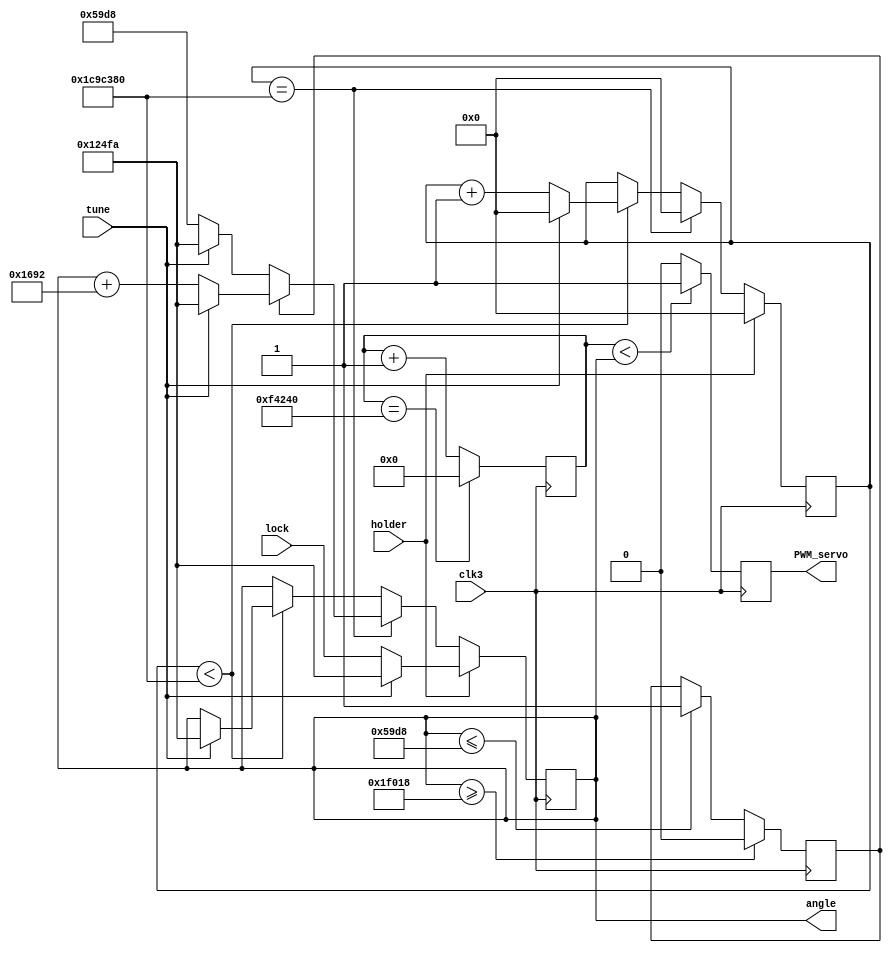
`timescale 1ns / 1ps
//////////////////////////////////////////////////////////////////////////////////
// Company: 
// Engineer: 
// 
// Design Name: 
// Module Name:	 Servo_Motor_PWM 
// Project Name: 
// Target Devices: 
// Tool versions: 
// Description: 
//
// Dependencies: 
//
// Revision: 
// Revision 0.01 - File Created
// Additional Comments: 
//
/////////////////////////////////////////////////////////////////////////////////
module Servo_Motor_PWM(

input clk3,
input holder,
input tune,
input [16:0] lock,
output PWM_servo,
output reg [16:0] angle
	 );
	  
	  
	 reg [19:0] counter;
	 //reg [16:0] ref;
	 reg PWM;
   reg [26:0] val;
	reg flag;
	
	
  initial begin
	 angle<=23000;
	 val<=0;
	 flag<=1;
	 
	 
	 end
	 
	 assign PWM_servo= PWM; // Pulse providing direction
	
	 
	 always @ (posedge clk3)
	 begin
	 
	 counter<=counter+1;
	 
	 if (counter==1000000) //pulse required every two seconds for servo motor to function
		counter<=0;
	
	if (angle>=127000) // Upper limit of direction (180 degrees)
		flag<=0;		
	else if (angle<=23000) // lower Limit of direction (0 degrees)
	flag<=1;
	

if (holder==0) 
begin	

	if (val==30000000)
	begin //count per change in angle
	    val<=0;
		 if (flag==1) 
		 begin//Flag switching direction of count
		if (tune==0)
		 angle<=angle+5778;
		else if (tune==1)
		angle<=75002;//8667 for fifteen-degree increments
		end
		
		 else if(flag==0)
		 begin
		 if (tune==0)
		 angle<=23000;
		else if (tune==1)
		angle<=75002;// fifteen-degree decrements
		end
	end
	
	else if (val<30000000) 
	begin //controls rate of change of PWM controlling speed
		 if (tune==0)
		 val<=val+1;
		else if (tune==1)
		begin
		angle<=75002;
		val<=0;// fifteen-degree decrements
		end
	end
	
end


else if (holder==1)
begin
if (tune==0)
begin
val<=0;
angle<=lock;
end
else if (tune==1)
begin
val<=0;
angle<=75002;
end
end
	
	if(counter<angle)
			PWM <=1;
			
			
			else
			PWM <=0;
			
		end
		
	
	
	endmodule